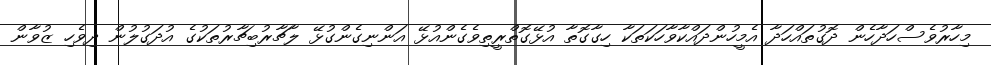
މިހާރުވެސްހަދާހެން ދޮގުތައްހަދާ އެމީހުންދައްކާވާހަކަތަކާ ހިގާގޮތާ އުޅޭގޮތްރީތިވެގެންއުޅޭ އަންނިގެންގުޅޭ ލާޗާރުބިޗާރުތަކުގެ އުދަގުލުން ދިވެހި ޒުވާން